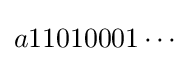
a11010001\cdots